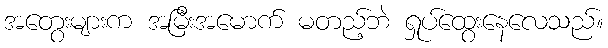
အတွေးများက အမြီးအမောက် မတည့်ဘဲ ရှုပ်ထွေးနေလေသည်။